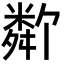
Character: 𬖩